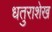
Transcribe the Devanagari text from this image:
धतुराशेख